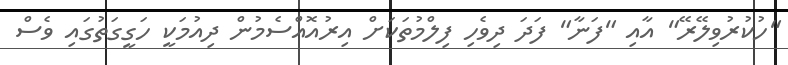
"ހުކުރުވިލޭރޭ" އާއި "ފަނާ" ފަދަ ދިވެހި ފިލްމުތަކަށް އިރުއޮއްސެމުން ދިއުމަކީ ހަގީގަތުގައި ވެސް